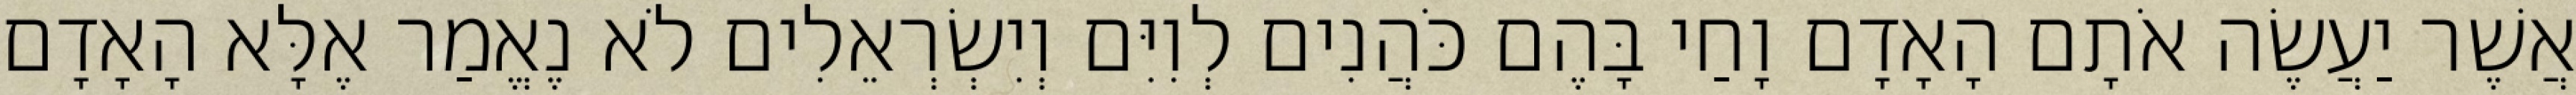
אֲשֶׁר יַעֲשֶׂה אֹתָם הָאָדָם וָחַי בָּהֶם כֹּהֲנִים לְוִיִּם וְיִשְׂרְאֵלִים לֹא נֶאֱמַר אֶלָּא הָאָדָם